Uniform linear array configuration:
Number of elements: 64
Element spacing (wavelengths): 0.75
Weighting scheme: binomial
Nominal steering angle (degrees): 15
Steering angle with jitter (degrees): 15.815
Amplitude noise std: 0.05
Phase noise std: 0.05

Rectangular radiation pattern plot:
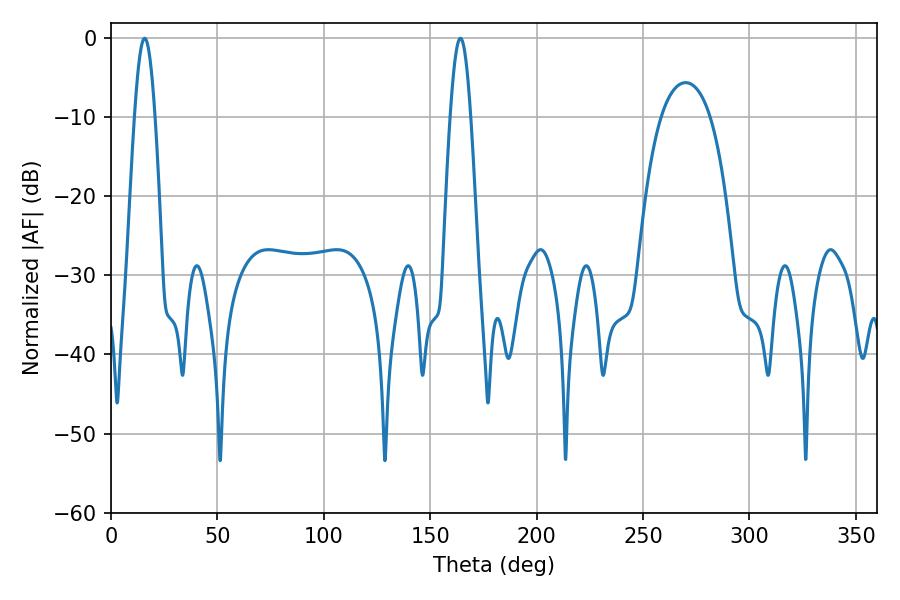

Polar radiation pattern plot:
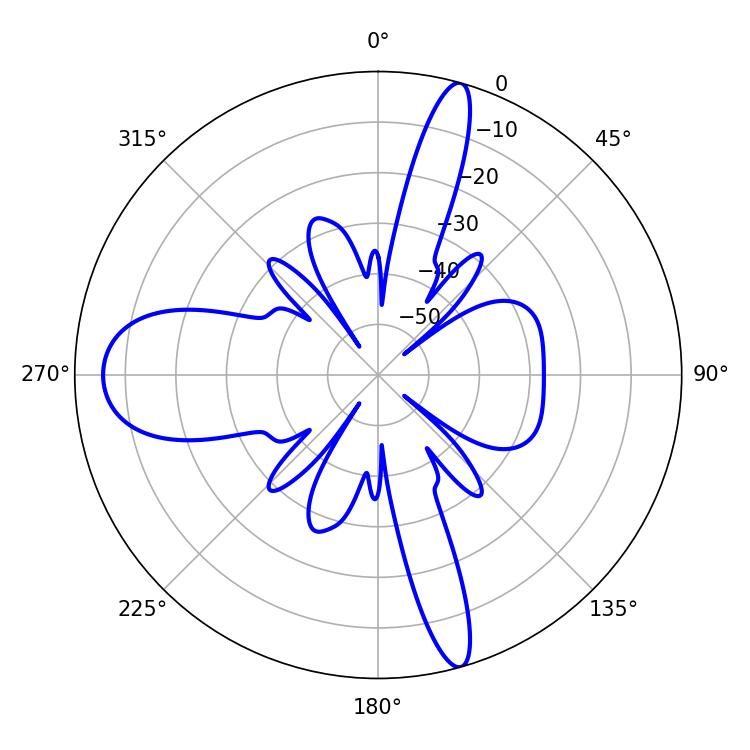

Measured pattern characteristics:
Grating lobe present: TRUE
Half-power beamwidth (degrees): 5.04
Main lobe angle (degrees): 164.16